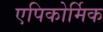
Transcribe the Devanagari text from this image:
एपिकोर्मिक